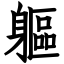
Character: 軀